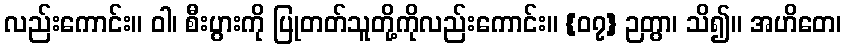
လည်းကောင်း။ ဝါ၊ စီးပွားကို ပြုတတ်သူတို့ကိုလည်းကောင်း။ {၀၇} ဉတွာ၊ သိ၍။ အဟိတေ၊